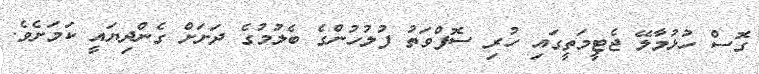
ގޮސް ހުޅުމާލޭ ޖެޓީމަތީގައި ހުރި ސޮފްވަތު ފުލުހުންގެ ބެލުމުގެ ދަށަށް ގެންދިޔައީ ކަމަށެވެ.